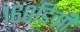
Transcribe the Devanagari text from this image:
१६०डिग्री